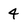
Character: 4